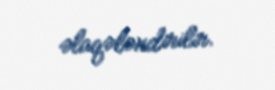
əlaqələndirilir.